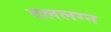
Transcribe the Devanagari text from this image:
दललग्न